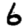
Digit: 6